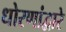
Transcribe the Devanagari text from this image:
धोरणांद्वारे